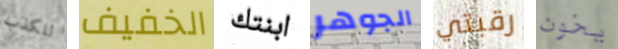
للكذب الخفيف ابنتك الجوهر رقبتي يخون